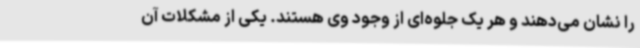
را نشان می‌دهند و هر یک جلوه‌ای از وجود وی هستند. یکی از مشکلات آن